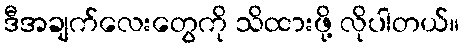
ဒီအချက်လေးတွေကို သိထားဖို့ လိုပါတယ်။